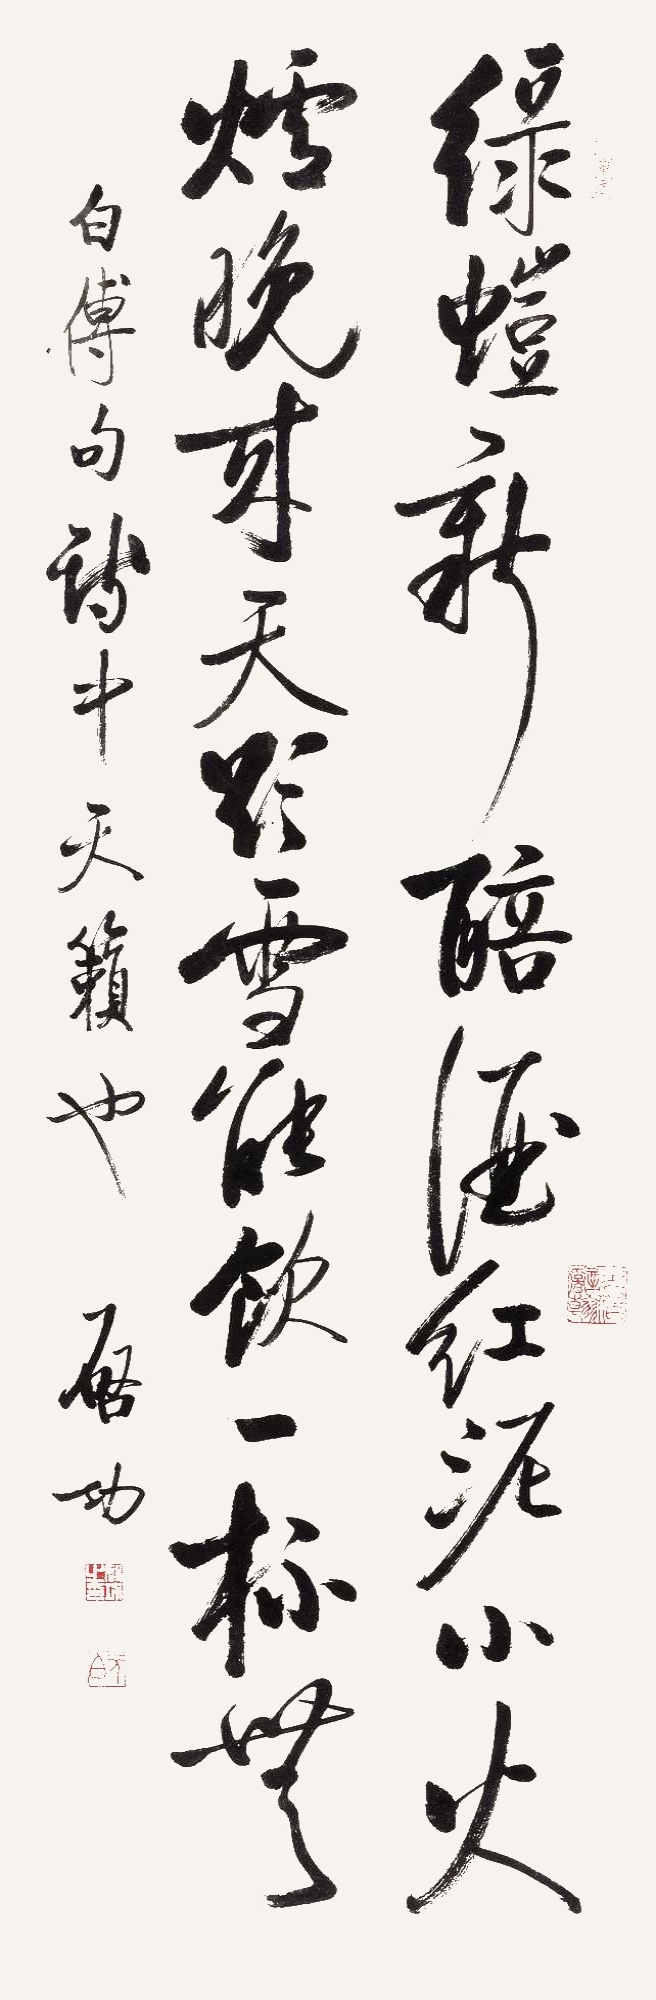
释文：绿蚁新醅酒，红泥小火炉。晚来天欲雪，能饮一杯无。白傅句，诗中天籁也。启功。